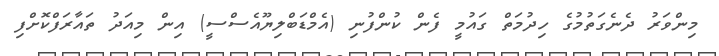
މިންވަރު ދެނެގަތުމުގެ ހިދުމަތް ގައުމީ ފެން ކުންފުނި (އެމްޑަބްލިޔޫއެސްސީ) އިން މިއަދު ތައާރަފްކޮށްފި